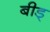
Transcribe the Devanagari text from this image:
बीड्